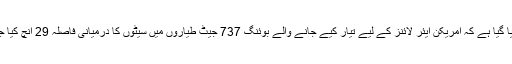
خبررساں ادارے روئیٹرز کی ایک رپورٹ میں بتایا گیا ہے کہ امریکن ایئر لائنز کے لیے تیار کیے جانے والے بوئنگ 737 جیٹ طیاروں میں سیٹوں کا درمیانی فاصلہ 29 انچ کیا جا رہا ہے ، جب کہ اس وقت یہ فاصلہ 31 انچ ہے۔